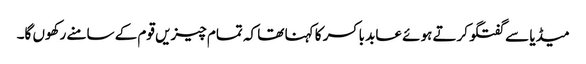
میڈیا سے گفتگو کرتے ہوئے عابد باکسر کا کہنا تھا کہ تمام چیزیں قوم کے سامنے رکھوں گا۔